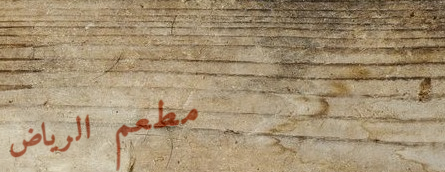
مطعم الرياض